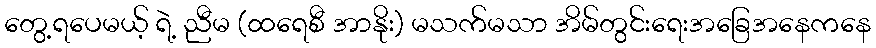
တွေ့ရပေမယ့် ရဲ့ ညီမ (ထရေစီ အာနိုး) မသက်မသာ အိမ်တွင်းရေးအခြေအနေကနေ